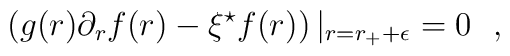
\left( g(r)\partial_r f(r)-\xi^\star f(r)\right) |_{r=r_++\epsilon}=0~~,